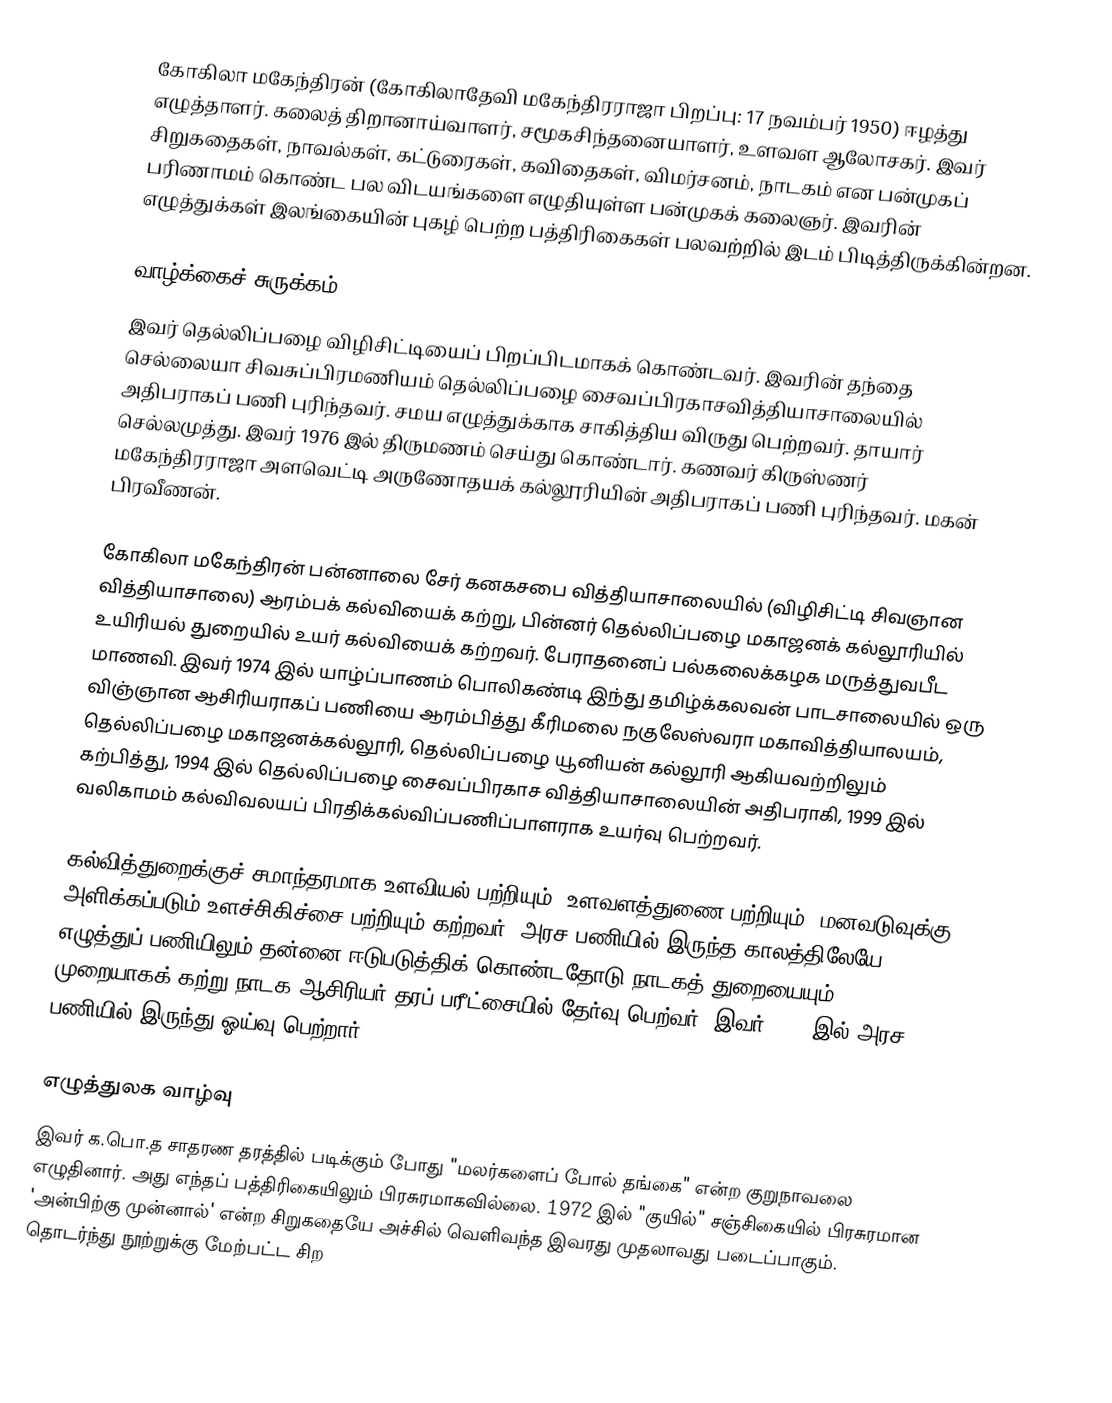
கோகிலா மகேந்திரன் (கோகிலாதேவி மகேந்திரராஜா பிறப்பு: 17 நவம்பர் 1950) ஈழத்து எழுத்தாளர். கலைத் திறானாய்வாளர், சமூகசிந்தனையாளர், உளவள ஆலோசகர். இவர் சிறுகதைகள், நாவல்கள், கட்டுரைகள், கவிதைகள், விமர்சனம், நாடகம் என பன்முகப் பரிணாமம் கொண்ட பல விடயங்களை எழுதியுள்ள பன்முகக் கலைஞர். இவரின் எழுத்துக்கள் இலங்கையின் புகழ் பெற்ற பத்திரிகைகள் பலவற்றில் இடம் பிடித்திருக்கின்றன.

வாழ்க்கைச் சுருக்கம்
இவர் தெல்லிப்பழை விழிசிட்டியைப் பிறப்பிடமாகக் கொண்டவர். இவரின் தந்தை செல்லையா சிவசுப்பிரமணியம் தெல்லிப்பழை சைவப்பிரகாசவித்தியாசாலையில் அதிபராகப் பணி புரிந்தவர். சமய எழுத்துக்காக சாகித்திய விருது பெற்றவர். தாயார் செல்லமுத்து. இவர் 1976 இல் திருமணம் செய்து கொண்டார். கணவர் கிருஸ்ணர் மகேந்திரராஜா அளவெட்டி அருணோதயக் கல்லூரியின் அதிபராகப் பணி புரிந்தவர். மகன் பிரவீணன்.

கோகிலா மகேந்திரன் பன்னாலை சேர் கனகசபை வித்தியாசாலையில் (விழிசிட்டி சிவஞான வித்தியாசாலை) ஆரம்பக் கல்வியைக் கற்று, பின்னர் தெல்லிப்பழை மகாஜனக் கல்லூரியில் உயிரியல் துறையில் உயர் கல்வியைக் கற்றவர். பேராதனைப் பல்கலைக்கழக மருத்துவபீட மாணவி. இவர் 1974 இல் யாழ்ப்பாணம் பொலிகண்டி இந்து தமிழ்க்கலவன் பாடசாலையில் ஒரு விஞ்ஞான ஆசிரியராகப் பணியை ஆரம்பித்து கீரிமலை நகுலேஸ்வரா மகாவித்தியாலயம், தெல்லிப்பழை மகாஜனக்கல்லூரி, தெல்லிப்பழை யூனியன் கல்லூரி ஆகியவற்றிலும் கற்பித்து, 1994 இல் தெல்லிப்பழை சைவப்பிரகாச வித்தியாசாலையின் அதிபராகி, 1999 இல் வலிகாமம் கல்விவலயப் பிரதிக்கல்விப்பணிப்பாளராக உயர்வு பெற்றவர்.

கல்வித்துறைக்குச் சமாந்தரமாக உளவியல் பற்றியும், உளவளத்துணை பற்றியும், மனவடுவுக்கு அளிக்கப்படும் உளச்சிகிச்சை பற்றியும் கற்றவர். அரச பணியில் இருந்த காலத்திலேயே எழுத்துப் பணியிலும் தன்னை ஈடுபடுத்திக் கொண்டதோடு நாடகத் துறையையும் முறையாகக் கற்று நாடக ஆசிரியர் தரப் பரீட்சையில் தேர்வு பெற்வர். இவர் 2007 இல் அரச பணியில் இருந்து ஓய்வு பெற்றார்.

எழுத்துலக வாழ்வு
இவர் க.பொ.த சாதரண தரத்தில் படிக்கும் போது  "மலர்களைப் போல் தங்கை" என்ற குறுநாவலை எழுதினார். அது எந்தப் பத்திரிகையிலும் பிரசுரமாகவில்லை. 1972 இல் "குயில்" சஞ்சிகையில் பிரசுரமான 'அன்பிற்கு முன்னால்' என்ற சிறுகதையே அச்சில் வெளிவந்த இவரது முதலாவது படைப்பாகும். தொடர்ந்து நூற்றுக்கு மேற்பட்ட சிற